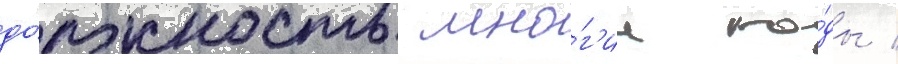
до́лжность мно́г'ие го́ды /